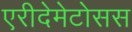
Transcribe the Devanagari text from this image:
एरीदेमेटोसस